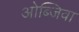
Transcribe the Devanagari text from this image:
ओब्जिवा